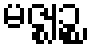
မဇ္ဈဉ္စ